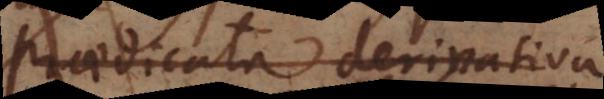
Praedicata derivativa